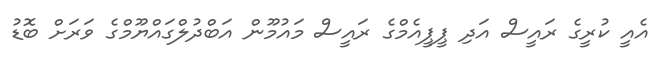
އެއީ ކުރީގެ ރައީސް އަދި ޕީޕީއެމްގެ ރައީސް މައުމޫން އަބްދުލްގައްޔޫމްގެ ވަރަށް ބޮޑު